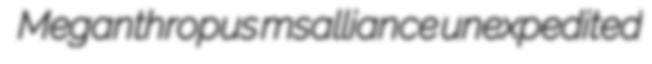
Meganthropus msalliance unexpedited